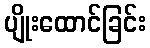
ပျိုးထောင်ခြင်း